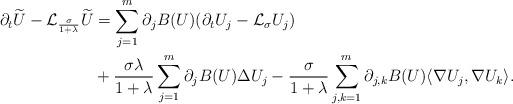
LaTeX: \begin{align*}\partial_t \widetilde{U} - \mathcal{L}_{\frac{\sigma}{1+\lambda}} \widetilde{U} & = \sum_{j=1}^m \partial_j B(U) (\partial_t U_j - \mathcal{L}_\sigma U_j) \\& + \frac{\sigma \lambda}{1 + \lambda} \sum_{j=1}^m \partial_j B(U) \Delta U_j - \frac{\sigma}{1+ \lambda} \sum_{j,k=1}^m \partial_{j,k}B(U)\langle \nabla U_j, \nabla U_k \rangle.\end{align*}